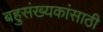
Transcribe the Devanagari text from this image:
बहुसंख्यकांसाठी